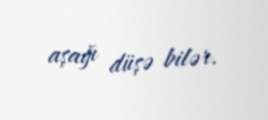
aşağı düşə bilər.